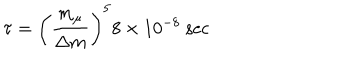
\tau = \left( { \frac { m _ { \mu } } { \Delta m } } \right) ^ { 5 } 8 \times 1 0 ^ { - 8 } \ \mathrm { s e c }